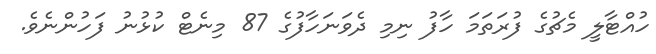
ހުއްޓާލީ މެޗުގެ ފުރަތަމަ ހާފު ނިމި ދެވަނަހާފުގެ 87 މިނެޓް ކުޅުނު ފަހުންނެވެ.